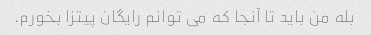
بله من باید تا آنجا که می توانم رایگان پیتزا بخورم.